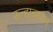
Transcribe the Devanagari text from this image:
ऊन्हाळ्यात